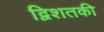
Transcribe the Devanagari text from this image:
द्विशतकी